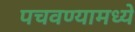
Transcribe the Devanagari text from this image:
पचवण्यामध्ये